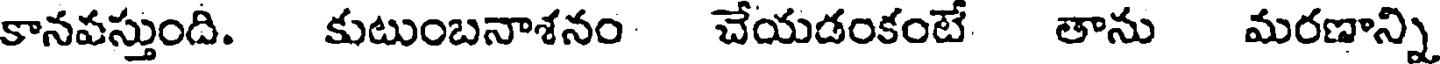
కానవస్తుంది. కుటుంబనాశనం చేయడంకంటే తాను మరణాన్ని